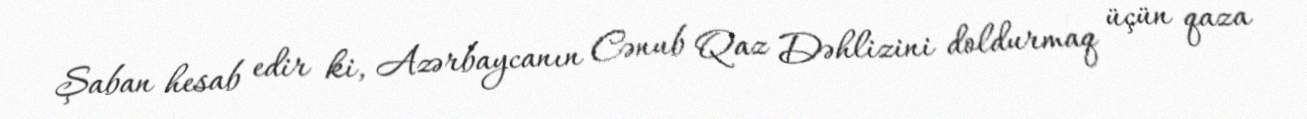
Şaban hesab edir ki, Azərbaycanın Cənub Qaz Dəhlizini doldurmaq üçün qaza